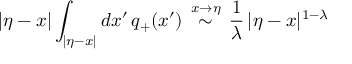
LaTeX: | \eta - x | \int _ { | \eta - x | } d x ^ { \prime } \, q _ { + } ( x ^ { \prime } ) \, \stackrel { x \to \eta } \sim \, \frac { 1 } { \lambda } \, | \eta - x | ^ { 1 - \lambda }